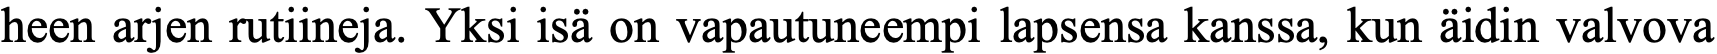
heen arjen rutiineja. Yksi isä on vapautuneempi lapsensa kanssa, kun äidin valvova